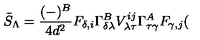
\tilde { S } _ { \Lambda } = \frac { ( - ) ^ { B } } { 4 d ^ { 2 } } F _ { \delta , i } \Gamma _ { \delta \lambda } ^ { B } V _ { \lambda \tau } ^ { i j } \Gamma _ { \tau \gamma } ^ { A } F _ { \gamma , j } (